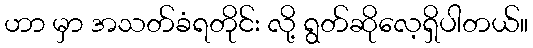
ဟာ မှာ အသတ်ခံရတိုင်း လို့ ရွတ်ဆိုလေ့ရှိပါတယ်။